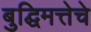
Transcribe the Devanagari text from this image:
बुद्घिमत्तेचे